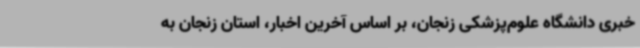
خبری دانشگاه علوم‌پزشکی زنجان، بر اساس آخرین اخبار، استان زنجان به